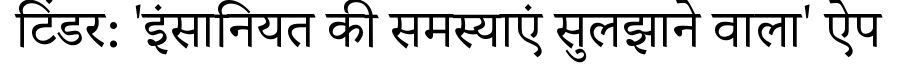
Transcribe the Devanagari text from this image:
टिंडर: 'इंसानियत की समस्याएं सुलझाने वाला' ऐप